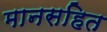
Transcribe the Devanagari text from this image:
मानसहित